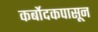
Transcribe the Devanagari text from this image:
कर्बोदकपासून